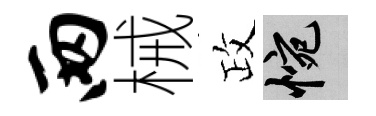
两械政惋